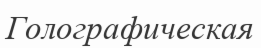
Голографическая